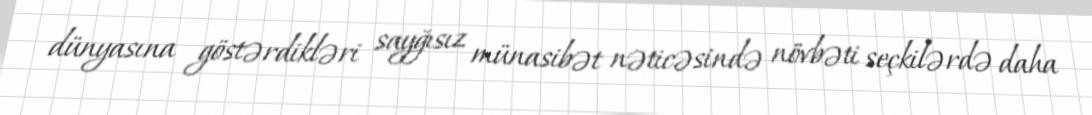
dünyasına göstərdikləri sayğısız münasibət nəticəsində növbəti seçkilərdə daha